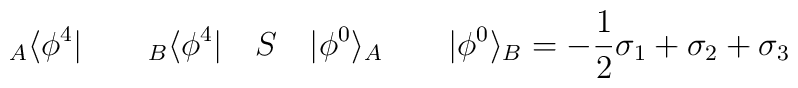
{}_A\langle\phi^4| \qquad {}_B\langle\phi^4| \quad S \quad|\phi^0\rangle_A \qquad |\phi^0\rangle_B =-\frac{1}{2}\sigma_1 + \sigma_2 +\sigma_3